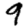
Digit: 9